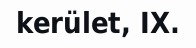
kerület, IX.